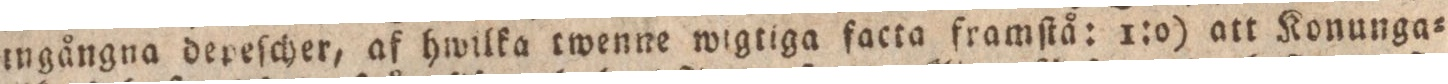
ingångna depeſcher, af hwilka twenne wigtiga facta framſtå: 1:o) att Konunga=